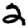
Digit: 2